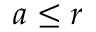
a \le r